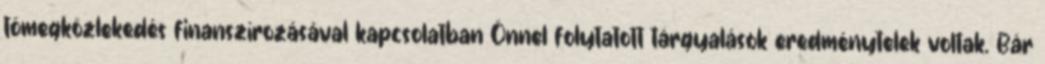
tömegközlekedés finanszírozásával kapcsolatban Önnel folytatott tárgyalások eredménytelek voltak. Bár